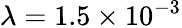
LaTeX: \lambda=1.5\times 10^{-3}